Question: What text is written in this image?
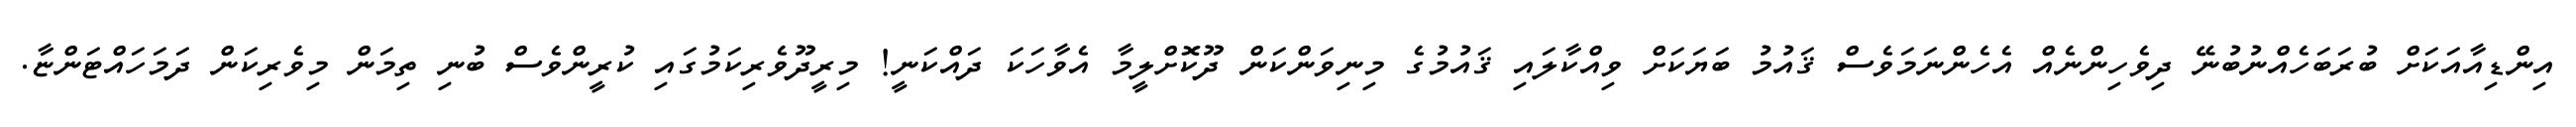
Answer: އިންޑިއާއަކަށް ބުރަބަހެއްނުބުނޭ ދިވެހިންނެއް އެހެންނަމަވެސް ޤައުމު ބަޔަކަށް ވިއްކާލައި ޤައުމުގެ މިނިވަންކަން ދޫކޮށްލީމާ އެވާހަކަ ދައްކަނީ! މިރީދޫވެރިކަމުގައި ކުރީންވެސް ބުނި ތިމަން މިވެރިކަން ދަމަހައްޓަންޏާ.